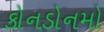
કોનડોનમો